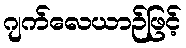
ဂျက်လေယာဉ်ဖြင့်